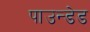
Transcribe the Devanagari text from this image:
पाउन्डेड